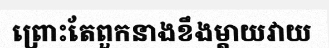
ព្រោះតែពួកនាងខឹងម្តាយវាយ